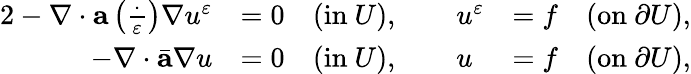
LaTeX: \begin{array}{rlr}{{2}-\nabla\cdot\mathbf{a}\left(\frac{\cdot}{\varepsilon}\right)\nabla u^{\varepsilon}}&{=0\quad(\mathrm{in~}U),\qquad u^{\varepsilon}}&{=f\quad(\mathrm{on~}\partial U),}\\ {-\nabla\cdot\bar{\mathbf{a}}\nabla u}&{=0\quad(\mathrm{in~}U),\qquad u}&{=f\quad(\mathrm{on~}\partial U),}\end{array}